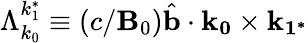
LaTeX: \Lambda_{k_{0}}^{k_{1}^{*}}\equiv(c/\mathbf{B}_{0})\hat{{\mathbf{{b}}}}\cdot\mathbf{{k_{0}}}\times\mathbf{{k_{1^{*}}}}